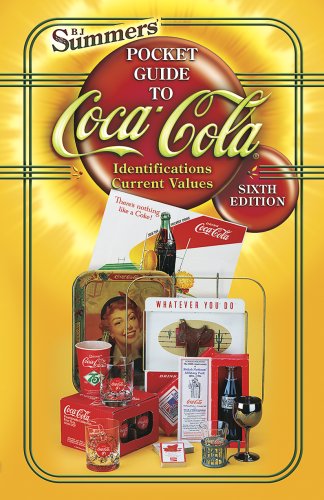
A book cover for B.J. Summers' Pocket Guide to Coca-Cola; B J Summers; Crafts, Hobbies & Home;